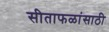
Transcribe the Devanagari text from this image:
सीताफळांसाठी